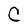
Character: C